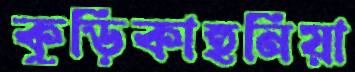
কুড়িকাহুনিয়া